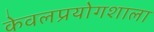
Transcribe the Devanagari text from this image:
केवलप्रयोगशाला